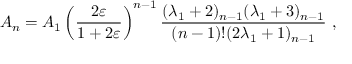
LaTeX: A _ { n } = A _ { 1 } \left( \frac { 2 \varepsilon } { 1 + 2 \varepsilon } \right) ^ { n - 1 } \frac { ( \lambda _ { 1 } + 2 ) _ { n - 1 } ( \lambda _ { 1 } + 3 ) _ { n - 1 } } { ( n - 1 ) ! ( 2 \lambda _ { 1 } + 1 ) _ { n - 1 } } \ ,